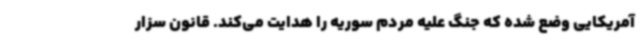
آمریکایی وضع شده که جنگ علیه مردم سوریه را هدایت می‌کند. قانون سزار